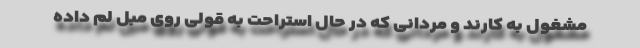
مشغول به کارند و مردانی که در حال استراحت به قولی روی مبل لم داده